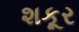
શકૂર